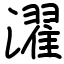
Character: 濯